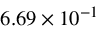
6 . 6 9 \times 1 0 ^ { - 1 }